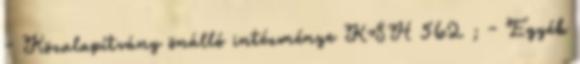
- Közalapítvány önálló intézménye KSH 562 ; - Egyéb